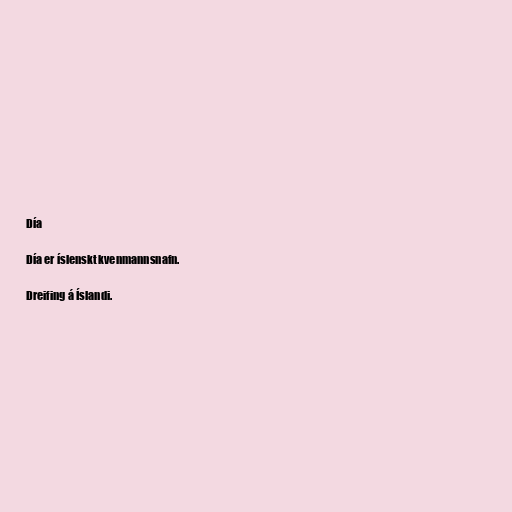
Día

Día er íslenskt kvenmannsnafn.

Dreifing á Íslandi.